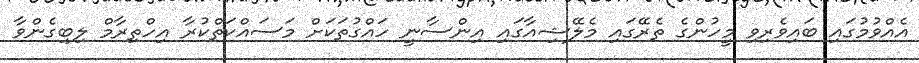
އެއްވުމުގައި ބައިވެރިވި މީހުންގެ ތެރޭގައި މެލޭޝިއާގައި އިންސާނީ ހައްގުތަކަަށް މަސައްކަތްކުރާ އިހްތިރާމް ލިބިގެންވާ